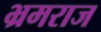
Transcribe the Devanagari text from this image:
भ्रमराज